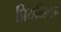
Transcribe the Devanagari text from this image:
प्रियमिलन